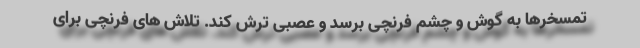
تمسخرها به گوش و چشم فرنچی برسد و عصبی ترش کند. تلاش های فرنچی برای